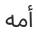
أمه